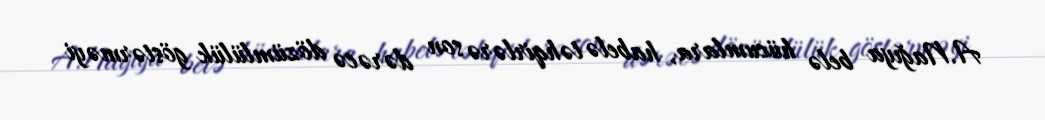
A.Nağıya belə hücumlara, habelə təhqirlərə son dərəcə dözümlülük göstərməyi